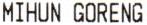
MIHUN GORENG